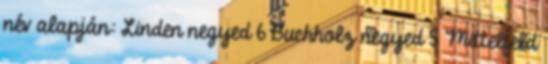
név alapján: Linden negyed 6 Buchholz negyed 5 Mittelfeld